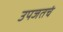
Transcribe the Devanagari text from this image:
उपजतचं